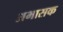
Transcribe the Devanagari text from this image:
अभासक